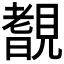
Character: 𧡺